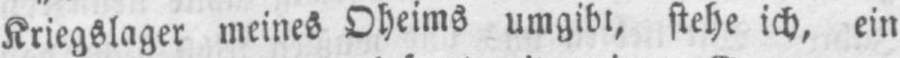
Kriegslager meines Oheims umgibt, stehe ich, ein